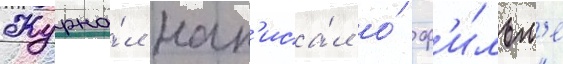
Журна́л нап'иса́л о́ ф'и́льм'е